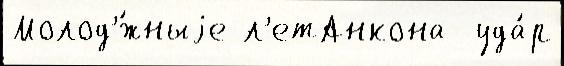
Молод'́жныjе л'етАнкона  уда́р